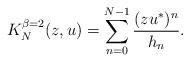
LaTeX: \begin{align*}K_N^{\beta=2}(z,u)=\sum_{n=0}^{N-1} \frac{(zu^*)^n}{h_n}.\end{align*}